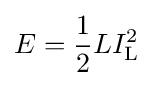
E={\frac {1}{2}}LI_{\text{L}}^{2}